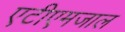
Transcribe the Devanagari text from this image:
एटीएमजाल